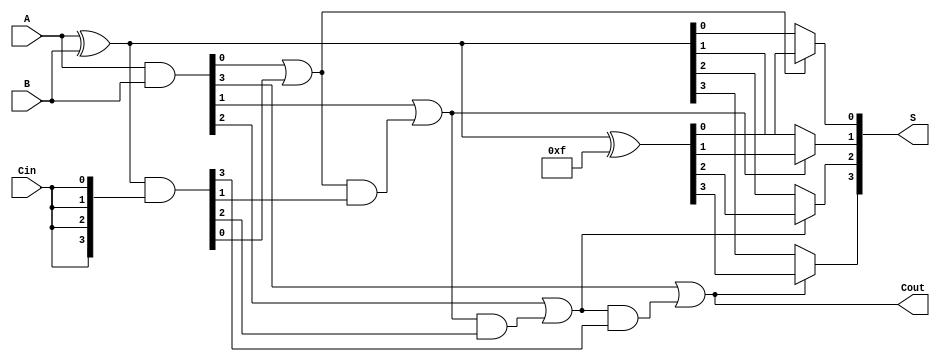
module ConditionalSumAdder #(
    parameter N = 4 // Number of bits
)(
    input  [N-1:0] A,      // First n-bit input
    input  [N-1:0] B,      // Second n-bit input
    input         Cin,      // Carry-in
    output [N-1:0] S,      // Sum output
    output        Cout      // Carry-out
);

    wire [N-1:0] S0;       // Partial sum assuming Cin = 0
    wire [N-1:0] S1;       // Partial sum assuming Cin = 1
    wire [N-1:0] C0;       // Carry generation for S0
    wire [N-1:0] C1;       // Carry generation for S1
    wire [N-1:0] carry;    // Carry signals for selection logic

    // Calculate S0 and S1
    assign S0 = A ^ B;                      // S0[i] = A[i]  B[i]  0
    assign S1 = S0 ^ {N{1'b1}};             // S1[i] = A[i]  B[i]  1

    // Carry generation
    assign C0 = A & B;                      // C0[i] = A[i] & B[i]
    assign C1 = S0 & {N{Cin}};              // C1[i] = (A[i]  B[i]) & Cin

    // Carry propagation logic
    generate
        genvar i;
        for (i = 0; i < N; i = i + 1) begin: carry_logic
            if (i == 0) begin
                assign carry[i] = C0[i] | C1[i]; // First bit carry
            end else begin
                assign carry[i] = C0[i] | (carry[i-1] & C1[i]); // Propagate carry
            end
        end
    endgenerate

    // Final sum output selection
    generate
        for (i = 0; i < N; i = i + 1) begin: sum_selection
            assign S[i] = carry[i] ? S1[i] : S0[i]; // Select S1 or S0 based on carry
        end
    endgenerate

    // Final carry-out
    assign Cout = carry[N-1]; // Final carry-out

endmodule